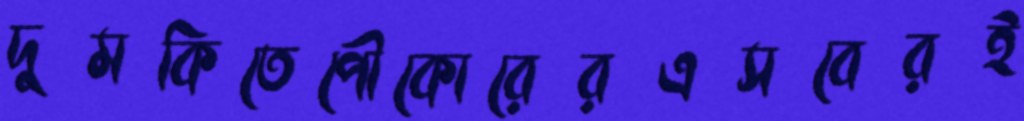
দুমকিতেপৌকোরেরএসবেরই